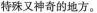
特殊又神奇的地方。